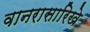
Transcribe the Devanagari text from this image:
वानरासारिखे